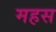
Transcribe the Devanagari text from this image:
महस